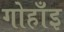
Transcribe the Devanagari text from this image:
गोहाँइ